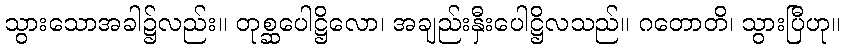
သွားသောအခါ၌လည်း။ တုစ္ဆပေါဋ္ဌိလော၊ အချည်းနှီးပေါဋ္ဌိလသည်။ ဂတောတိ၊ သွားပြီဟု။